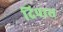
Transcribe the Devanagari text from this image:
दिपास